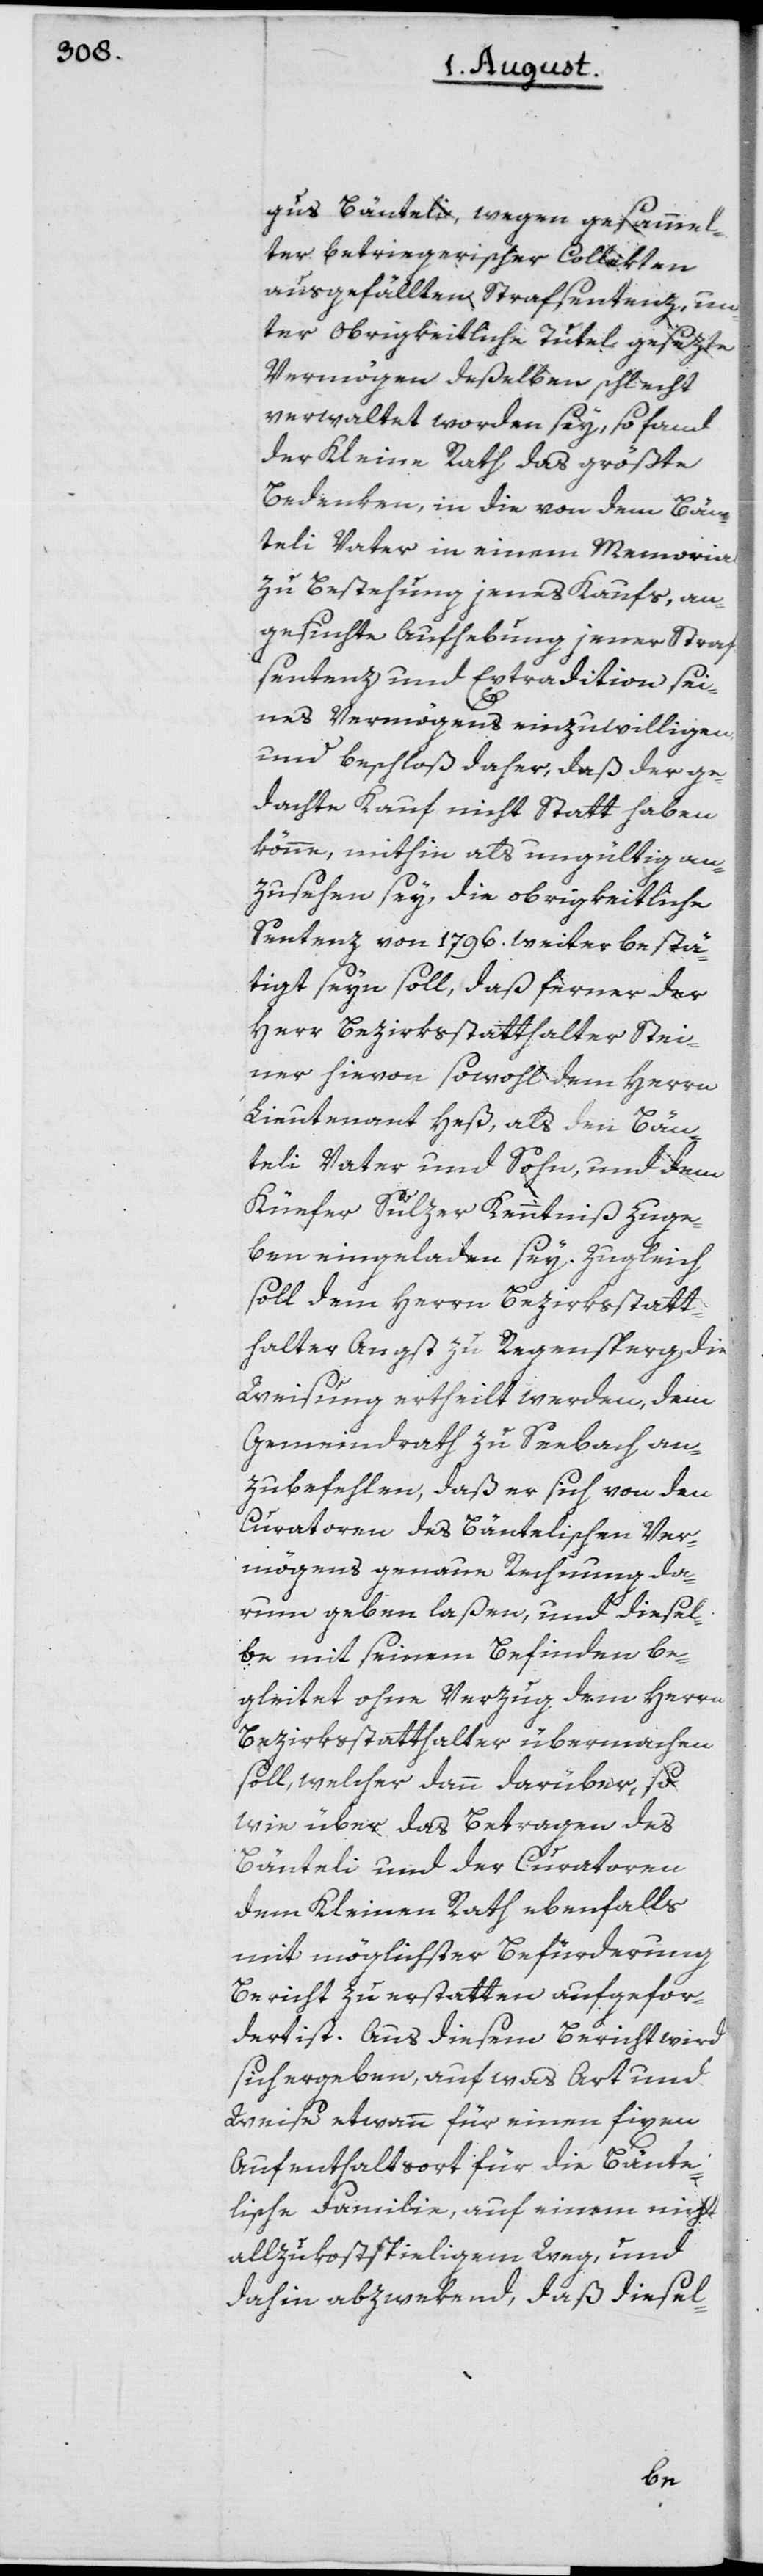
gus Bänteli, wegen gesammel¬
ter betriegerischer Collekten
ausgefällten Strafsentenz, un¬
ter obrigkeitliche Tutel gesezte
Vermögen deßelben schlecht
verwaltet worden sey, so fand
der Kleine Rath das größte
Bedenken, in die von dem Bän¬
teli Vater in einem Memorial
zu Bestehung jenes Kaufs, an¬
gesuchte Aufhebung jener Straf¬
sentenz und Extradition sei¬
nes Vermögens einzuwilligen,
und beschloß daher, daß der ge¬
dachte Kauf nicht Statt haben
könne, mithin als ungültig an¬
zusehen sey, die obrigkeitliche
Sentenz von 1796. weiter bestä¬
tigt seyn soll, daß ferner der
Herr Bezirksstatthalter Stei¬
ner hievon sowohl dem Herrn
Lieutenant Heß, als den Bän¬
teli Vater und Sohn, und dem
Küefer Sulzer Kenntniß zuge¬
ben eingeladen sey. Zugleich
soll dem Herrn Bezirksstatt¬
halter Angst zu Regensperg die
Weisung ertheilt werden, dem
Gemeindrath zu Seebach an¬
zubefehlen, daß er sich von den
Curatoren des Bäntelischen Ver¬
mögens genaue Rechnung da¬
rum geben laßen, und diesel¬
be mit seinem Befinden be¬
gleitet ohne Verzug dem Herrn
Bezirksstatthalter übermachen
soll, welcher dann darüber, so
wie über das Betragen des
Bänteli und der Curatoren
dem Kleinen Rath ebenfalls
mit möglichster Befürderung
Bericht zu erstatten aufgefor¬
dert ist. Aus diesem Bericht wird
sich ergeben, auf was Art und
Weise etwann für einen fixen
Aufenthaltsort für die Bänte¬
lische Familie, auf einem nicht
allzukostspieligen Weg, und
dahin abzuwekend, daß diesel-